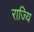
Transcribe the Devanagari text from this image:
राज्यि